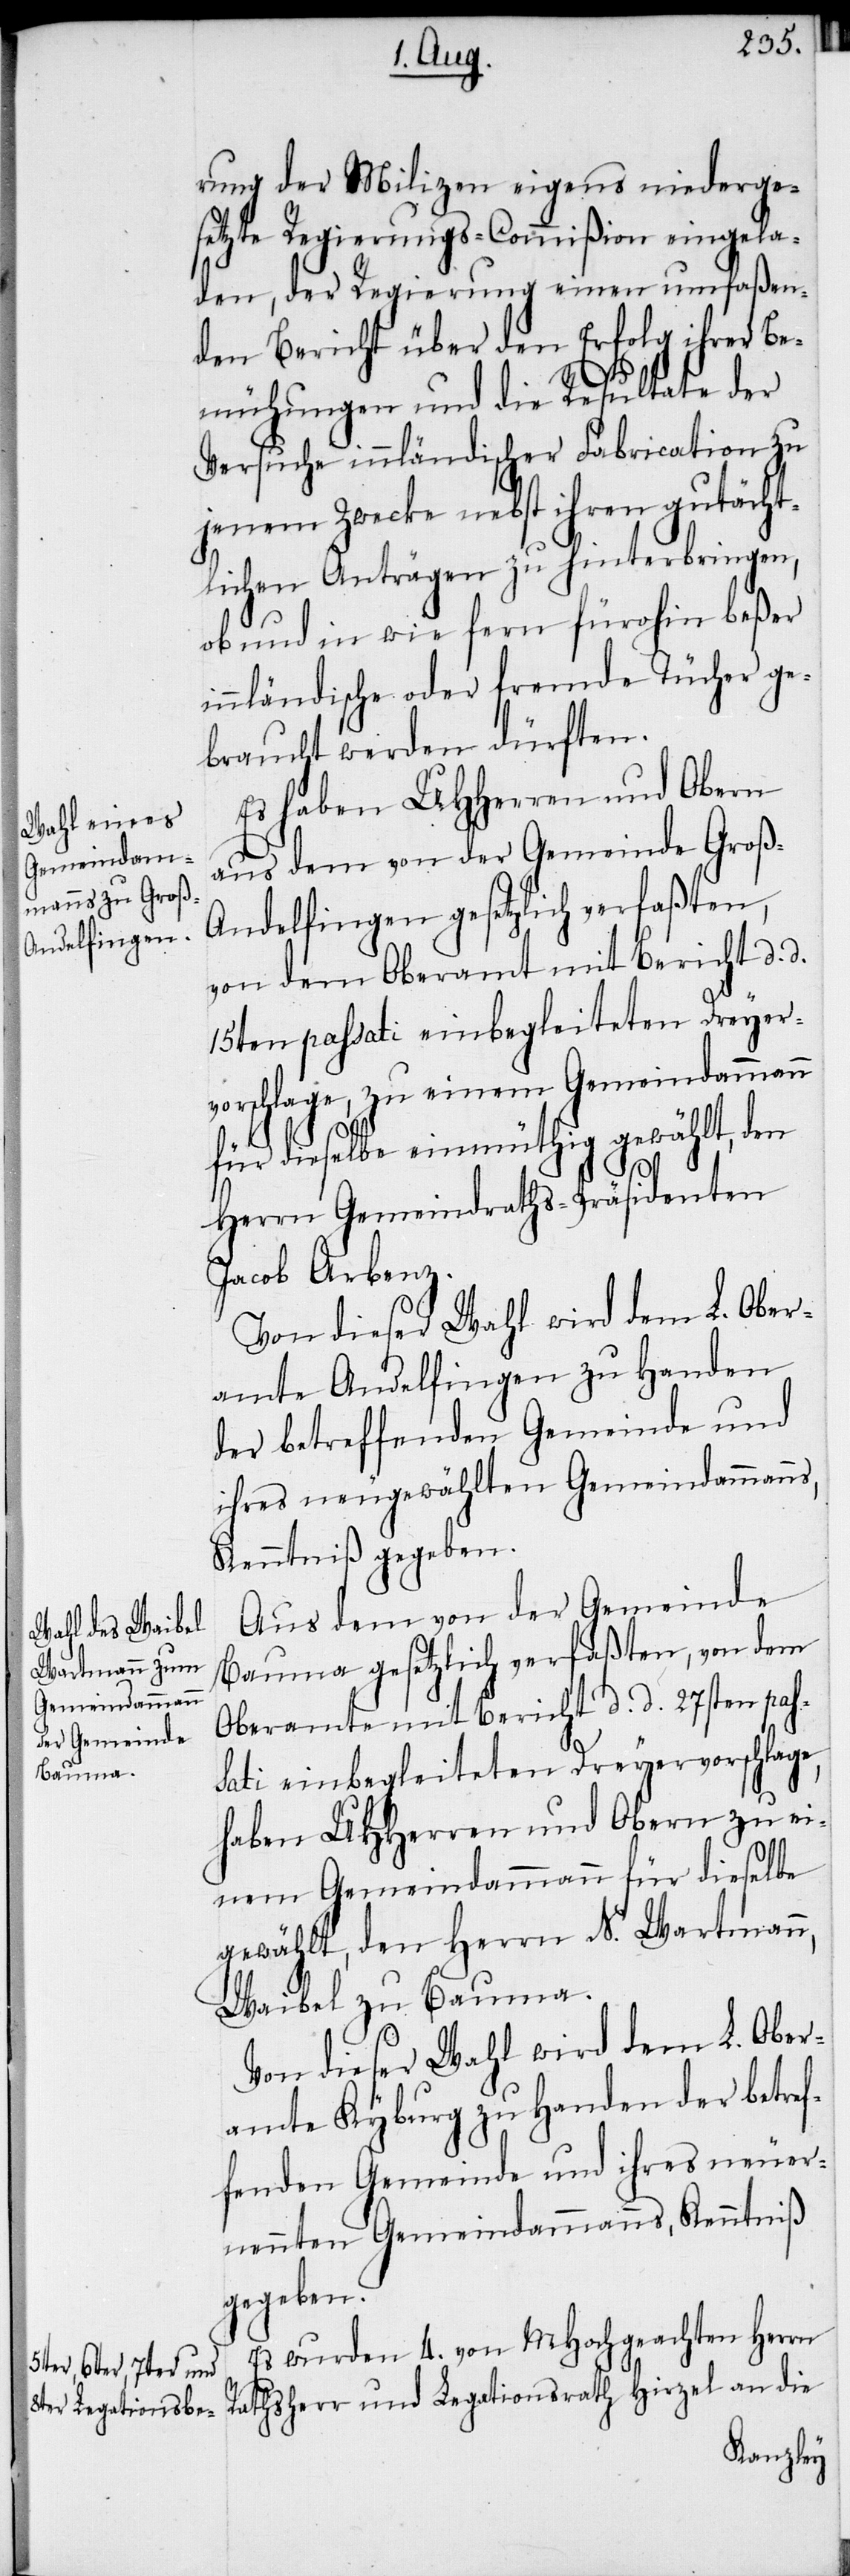
umfaßen¬

rung der Milizen eigens niederge¬
setzte Regierungs-Commißion einen
den Bericht über den Erfolg ihrer Be¬
mühungen und die Resultate der
Versuche inländischer Fabrication zu
jenem Zwecke nebst ihren gutächt¬
lichen Anträgen zu hinterbringen,
ob und in wie fern fürohin beßer
innländische oder fremde Tücher ge¬
braucht werden dürften.
Es haben UHHerren und Obern
aus dem von der Gemeinde Groß-A¬
ndelfingen gesetzlich verfaßten,
von dem Oberamt mit Bericht d.
15ten passati einbegleiteten Dreyer¬
vorschlage, zu einem Gemeindammann
für dieselbe einmüthig gewählt, den
Herrn Gemeindraths-Präsidenten
Jacob Arbenz.
Von dieser Wahl wird dem L. Ober¬
amte Andelfingen zu Handen
der betreffenden Gemeinde und
ihres neugewählten Gemeindammanns,
Kenntniß gegeben.
Aus dem von der Gemeinde
Bauma gesetzlich verfaßten, von dem
Oberamte mit Bericht d. d. 27sten pas¬
sati einbegleiteten Dreyervorschlage,
haben UHHerren und Obern zu ei¬
nem Gemeindammann für dieselbe
gewählt, den Herrn N. Wartmann,
Waibel zu Bauma.
Von dieser Wahl wird dem L. Ober¬
amte Kyburg zu Handen der betref¬
fenden Gemeinde und ihres neuer¬
nennten Gemeindammanns, Kenntniß
gegeben.
Es wurden 4. von MHochgeachten Herrn
Rathsherr und Legationsrath Hirzel an die